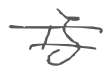
Text: is
Cross-out: double-line
Writing tool: digital_gray